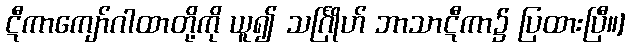
ဋီကာကျော်ဂါထာတို့ကို ယူ၍ သင်္ဂြိုဟ် ဘာသာဋီကာ၌ ပြထားပြီ။]